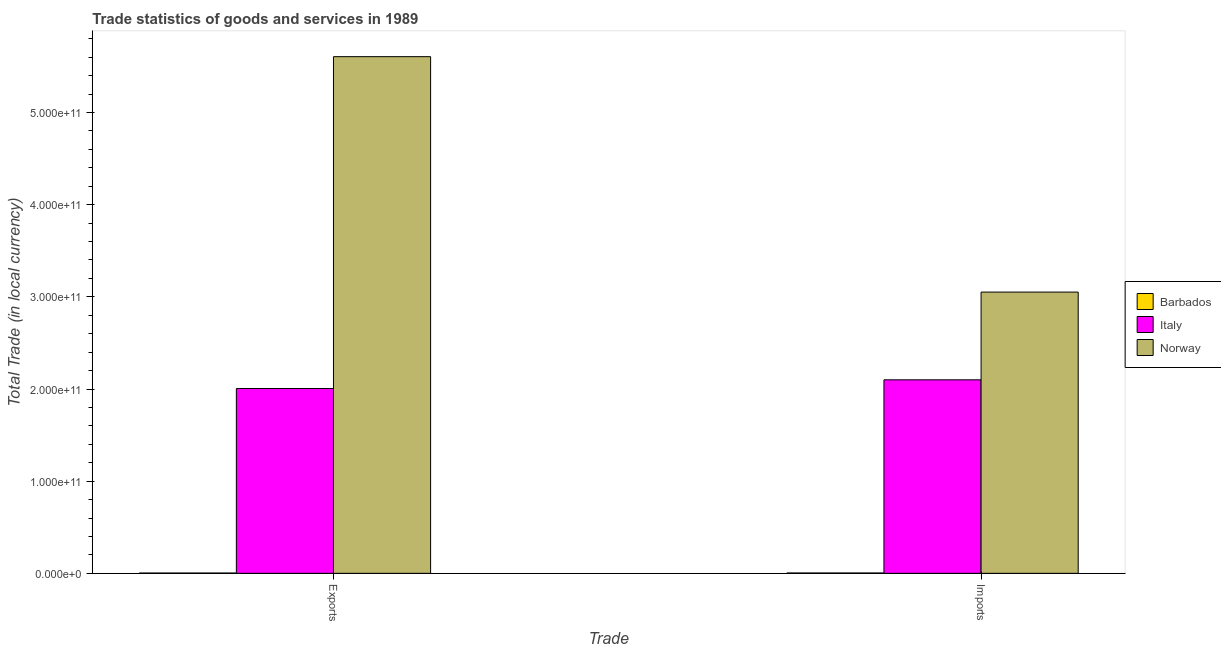
| Trade | Barbados | Italy | Norway |
 | --- | --- | --- | --- |
 | Exports | 3.24e+08 | 2.01e+11 | 5.61e+11 |
 | Imports | 3.93e+08 | 2.1e+11 | 3.05e+11 |